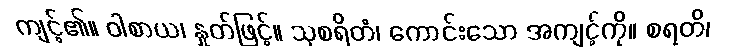
ကျင့်၏။ ဝါစာယ၊ နှုတ်ဖြင့်။ သုစရိတံ၊ ကောင်းသော အကျင့်ကို။ စရတိ၊